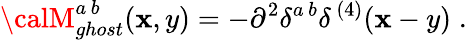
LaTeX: {\calM}_{ghost}^{a\, b}(\mathbf{x},y)=-\partial^{2}\delta^{a\, b}\delta^{\, (4)}(\mathbf{x}-y)\; .